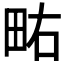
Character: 𰢿